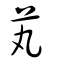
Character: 芄